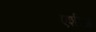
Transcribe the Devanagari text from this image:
एशीआ